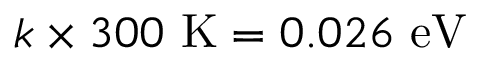
k \times 3 0 0 ~ \mathrm { K } = 0 . 0 2 6 ~ \mathrm { e V }